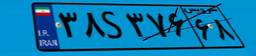
۸۸S۷۲۲۷۹